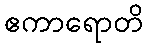
ဧကာရောတိ